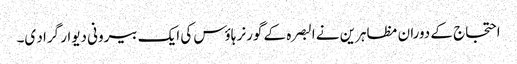
احتجاج کے دوران مظاہرین نے البصرہ کے گورنر ہاؤس کی ایک بیرونی دیوار گراد ی۔